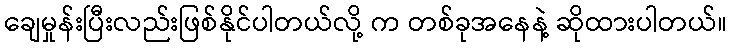
ချေမှုန်းပြီးလည်းဖြစ်နိုင်ပါတယ်လို့ က တစ်ခုအနေနဲ့ ဆိုထားပါတယ်။